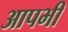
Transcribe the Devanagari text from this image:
आपभी